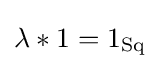
\lambda *1=1_{\text{Sq}}